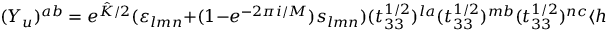
( Y _ { u } ) ^ { a b } = e ^ { \hat { K } / 2 } ( \varepsilon _ { l m n } + ( 1 - e ^ { - 2 \pi i / M } ) s _ { l m n } ) ( t _ { 3 3 } ^ { 1 / 2 } ) ^ { l a } ( t _ { 3 3 } ^ { 1 / 2 } ) ^ { m b } ( t _ { 3 3 } ^ { 1 / 2 } ) ^ { n c } \langle h _ { u } \rangle _ { c } .